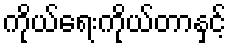
ကိုယ်ရေးကိုယ်တာနှင့်